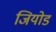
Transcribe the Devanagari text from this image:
जियोड